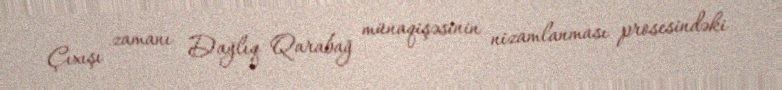
Çıxışı zamanı Dağlıq Qarabağ münaqişəsinin nizamlanması prosesindəki